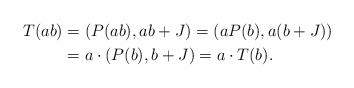
LaTeX: \begin{align*}T(ab)&=(P(ab),ab+J)=(aP(b),a(b+J))\\&=a\cdot (P(b),b+J)=a\cdot T(b).\end{align*}